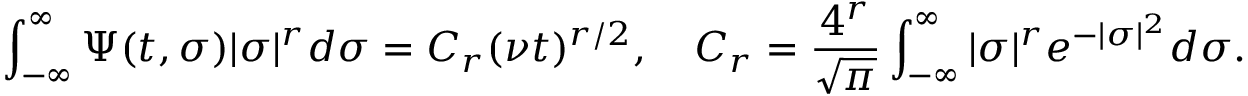
\int _ { - \infty } ^ { \infty } \Psi ( t , \sigma ) | \sigma | ^ { r } d \sigma = C _ { r } ( \nu t ) ^ { r / 2 } , \quad C _ { r } = \frac { 4 ^ { r } } { \sqrt { \pi } } \int _ { - \infty } ^ { \infty } | \sigma | ^ { r } e ^ { - | \sigma | ^ { 2 } } d \sigma .